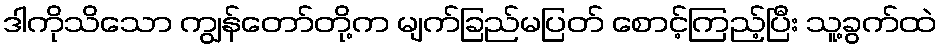
ဒါကိုသိသော ကျွန်တော်တို့က မျက်ခြည်မပြတ် စောင့်ကြည့်ပြီး သူ့ခွက်ထဲ